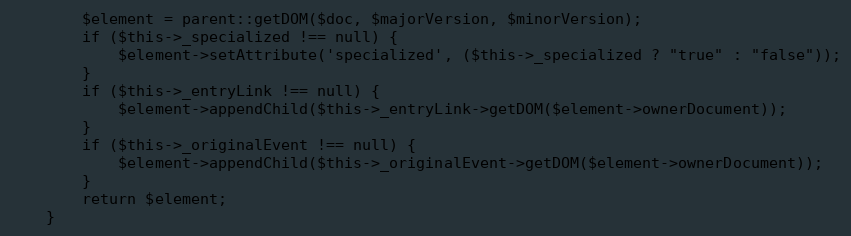
Language: PHP
        $element = parent::getDOM($doc, $majorVersion, $minorVersion);
        if ($this->_specialized !== null) {
            $element->setAttribute('specialized', ($this->_specialized ? "true" : "false"));
        }
        if ($this->_entryLink !== null) {
            $element->appendChild($this->_entryLink->getDOM($element->ownerDocument));
        }
        if ($this->_originalEvent !== null) {
            $element->appendChild($this->_originalEvent->getDOM($element->ownerDocument));
        }
        return $element;
    }